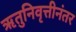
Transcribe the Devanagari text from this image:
ऋतुनिवृत्तीनंतर